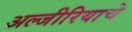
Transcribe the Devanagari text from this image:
अल्जीरियाचे